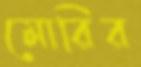
মোরির